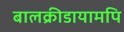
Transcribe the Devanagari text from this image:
बालक्रीडायामपि